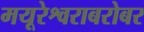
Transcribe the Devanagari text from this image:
मयूरेश्वराबरोबर